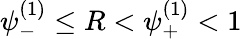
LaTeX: \psi_{-}^{(1)}\leq R<\psi_{+}^{(1)}<1